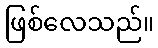
ဖြစ်လေသည်။